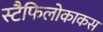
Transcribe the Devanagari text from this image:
स्टैफिलोकाकस